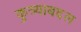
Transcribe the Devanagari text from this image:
कुत्र्याबद्दल